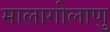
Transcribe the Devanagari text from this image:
मालागोलाणु